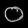
Digit: ၀